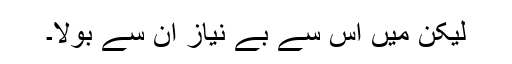
لیکن میں اس سے بے نیاز ان سے بولا۔